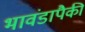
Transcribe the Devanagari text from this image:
भावंडापैकी